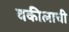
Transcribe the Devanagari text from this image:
वकीलाची